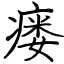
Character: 瘘